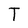
Character: T